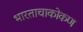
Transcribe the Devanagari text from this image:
भारताचाकोकण